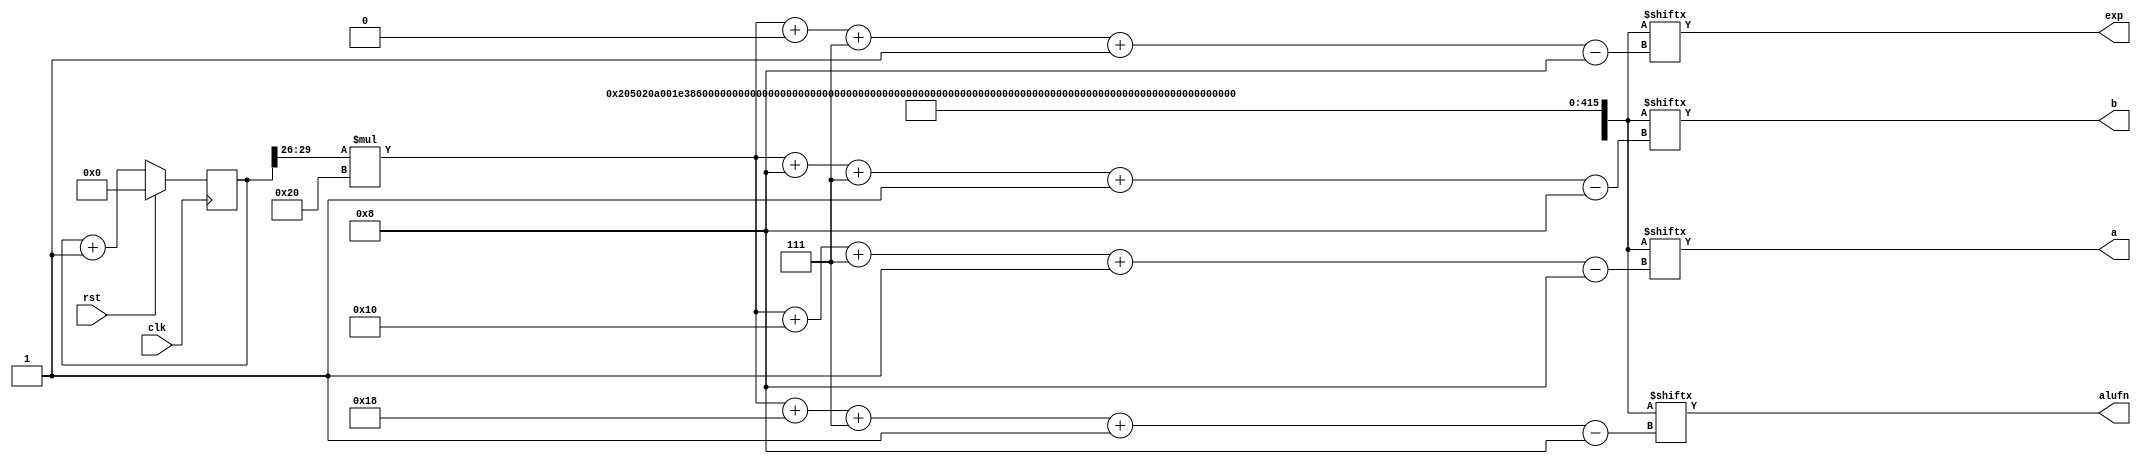
/*
   This file was generated automatically by the Mojo IDE version B1.3.4.
   Do not edit this file directly. Instead edit the original Lucid source.
   This is a temporary file and any changes made to it will be destroyed.
*/

module tester_6 (
    input clk,
    input rst,
    output reg [7:0] alufn,
    output reg [7:0] a,
    output reg [7:0] b,
    output reg [7:0] exp
  );
  
  
  
  reg [29:0] M_counter_d, M_counter_q = 1'h0;
  
  reg [447:0] testcases;
  
  reg [3:0] n;
  
  always @* begin
    M_counter_d = M_counter_q;
    
    testcases[384+31-:32] = 32'h0205020a;
    testcases[352+31-:32] = 32'h001e3856;
    testcases[320+31-:32] = 32'h011e38e6;
    testcases[288+31-:32] = 32'h181e3818;
    testcases[256+31-:32] = 32'h1e1e383e;
    testcases[224+31-:32] = 32'h161e3826;
    testcases[192+31-:32] = 32'h1a1e381e;
    testcases[160+31-:32] = 32'h201e0278;
    testcases[128+31-:32] = 32'h219e014f;
    testcases[96+31-:32] = 32'h239e01cf;
    testcases[64+31-:32] = 32'h331e3800;
    testcases[32+31-:32] = 32'h351e3801;
    testcases[0+31-:32] = 32'h371e3801;
    n = M_counter_q[26+3-:4];
    M_counter_d = M_counter_q + 1'h1;
    alufn = testcases[(n)*32+24+7-:8];
    a = testcases[(n)*32+16+7-:8];
    b = testcases[(n)*32+8+7-:8];
    exp = testcases[(n)*32+0+7-:8];
  end
  
  always @(posedge clk) begin
    if (rst == 1'b1) begin
      M_counter_q <= 1'h0;
    end else begin
      M_counter_q <= M_counter_d;
    end
  end
  
endmodule